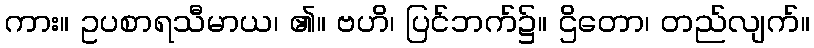
ကား။ ဥပစာရသီမာယ၊ ၏။ ဗဟိ၊ ပြင်ဘက်၌။ ဌိတော၊ တည်လျက်။